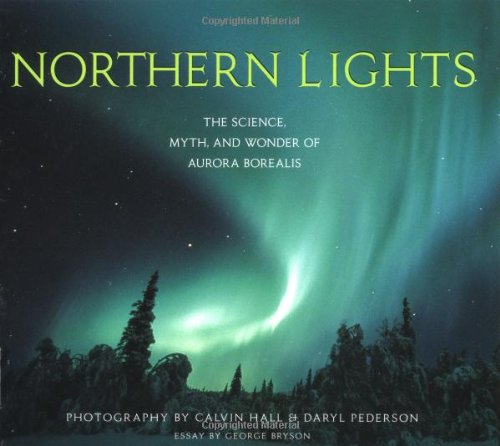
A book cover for Northern Lights: The Science, Myth, and Wonder of Aurora Borealis; Science & Math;